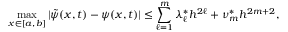
\operatorname* { m a x } _ { x \in [ a , b ] } | \tilde { \psi } ( x , t ) - \psi ( x , t ) | \leq \sum _ { \ell = 1 } ^ { m } \lambda _ { \ell } ^ { * } h ^ { 2 \ell } + \nu _ { m } ^ { * } h ^ { 2 m + 2 } ,